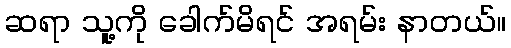
ဆရာ သူ့ကို ခေါက်မိရင် အရမ်း နာတယ်။